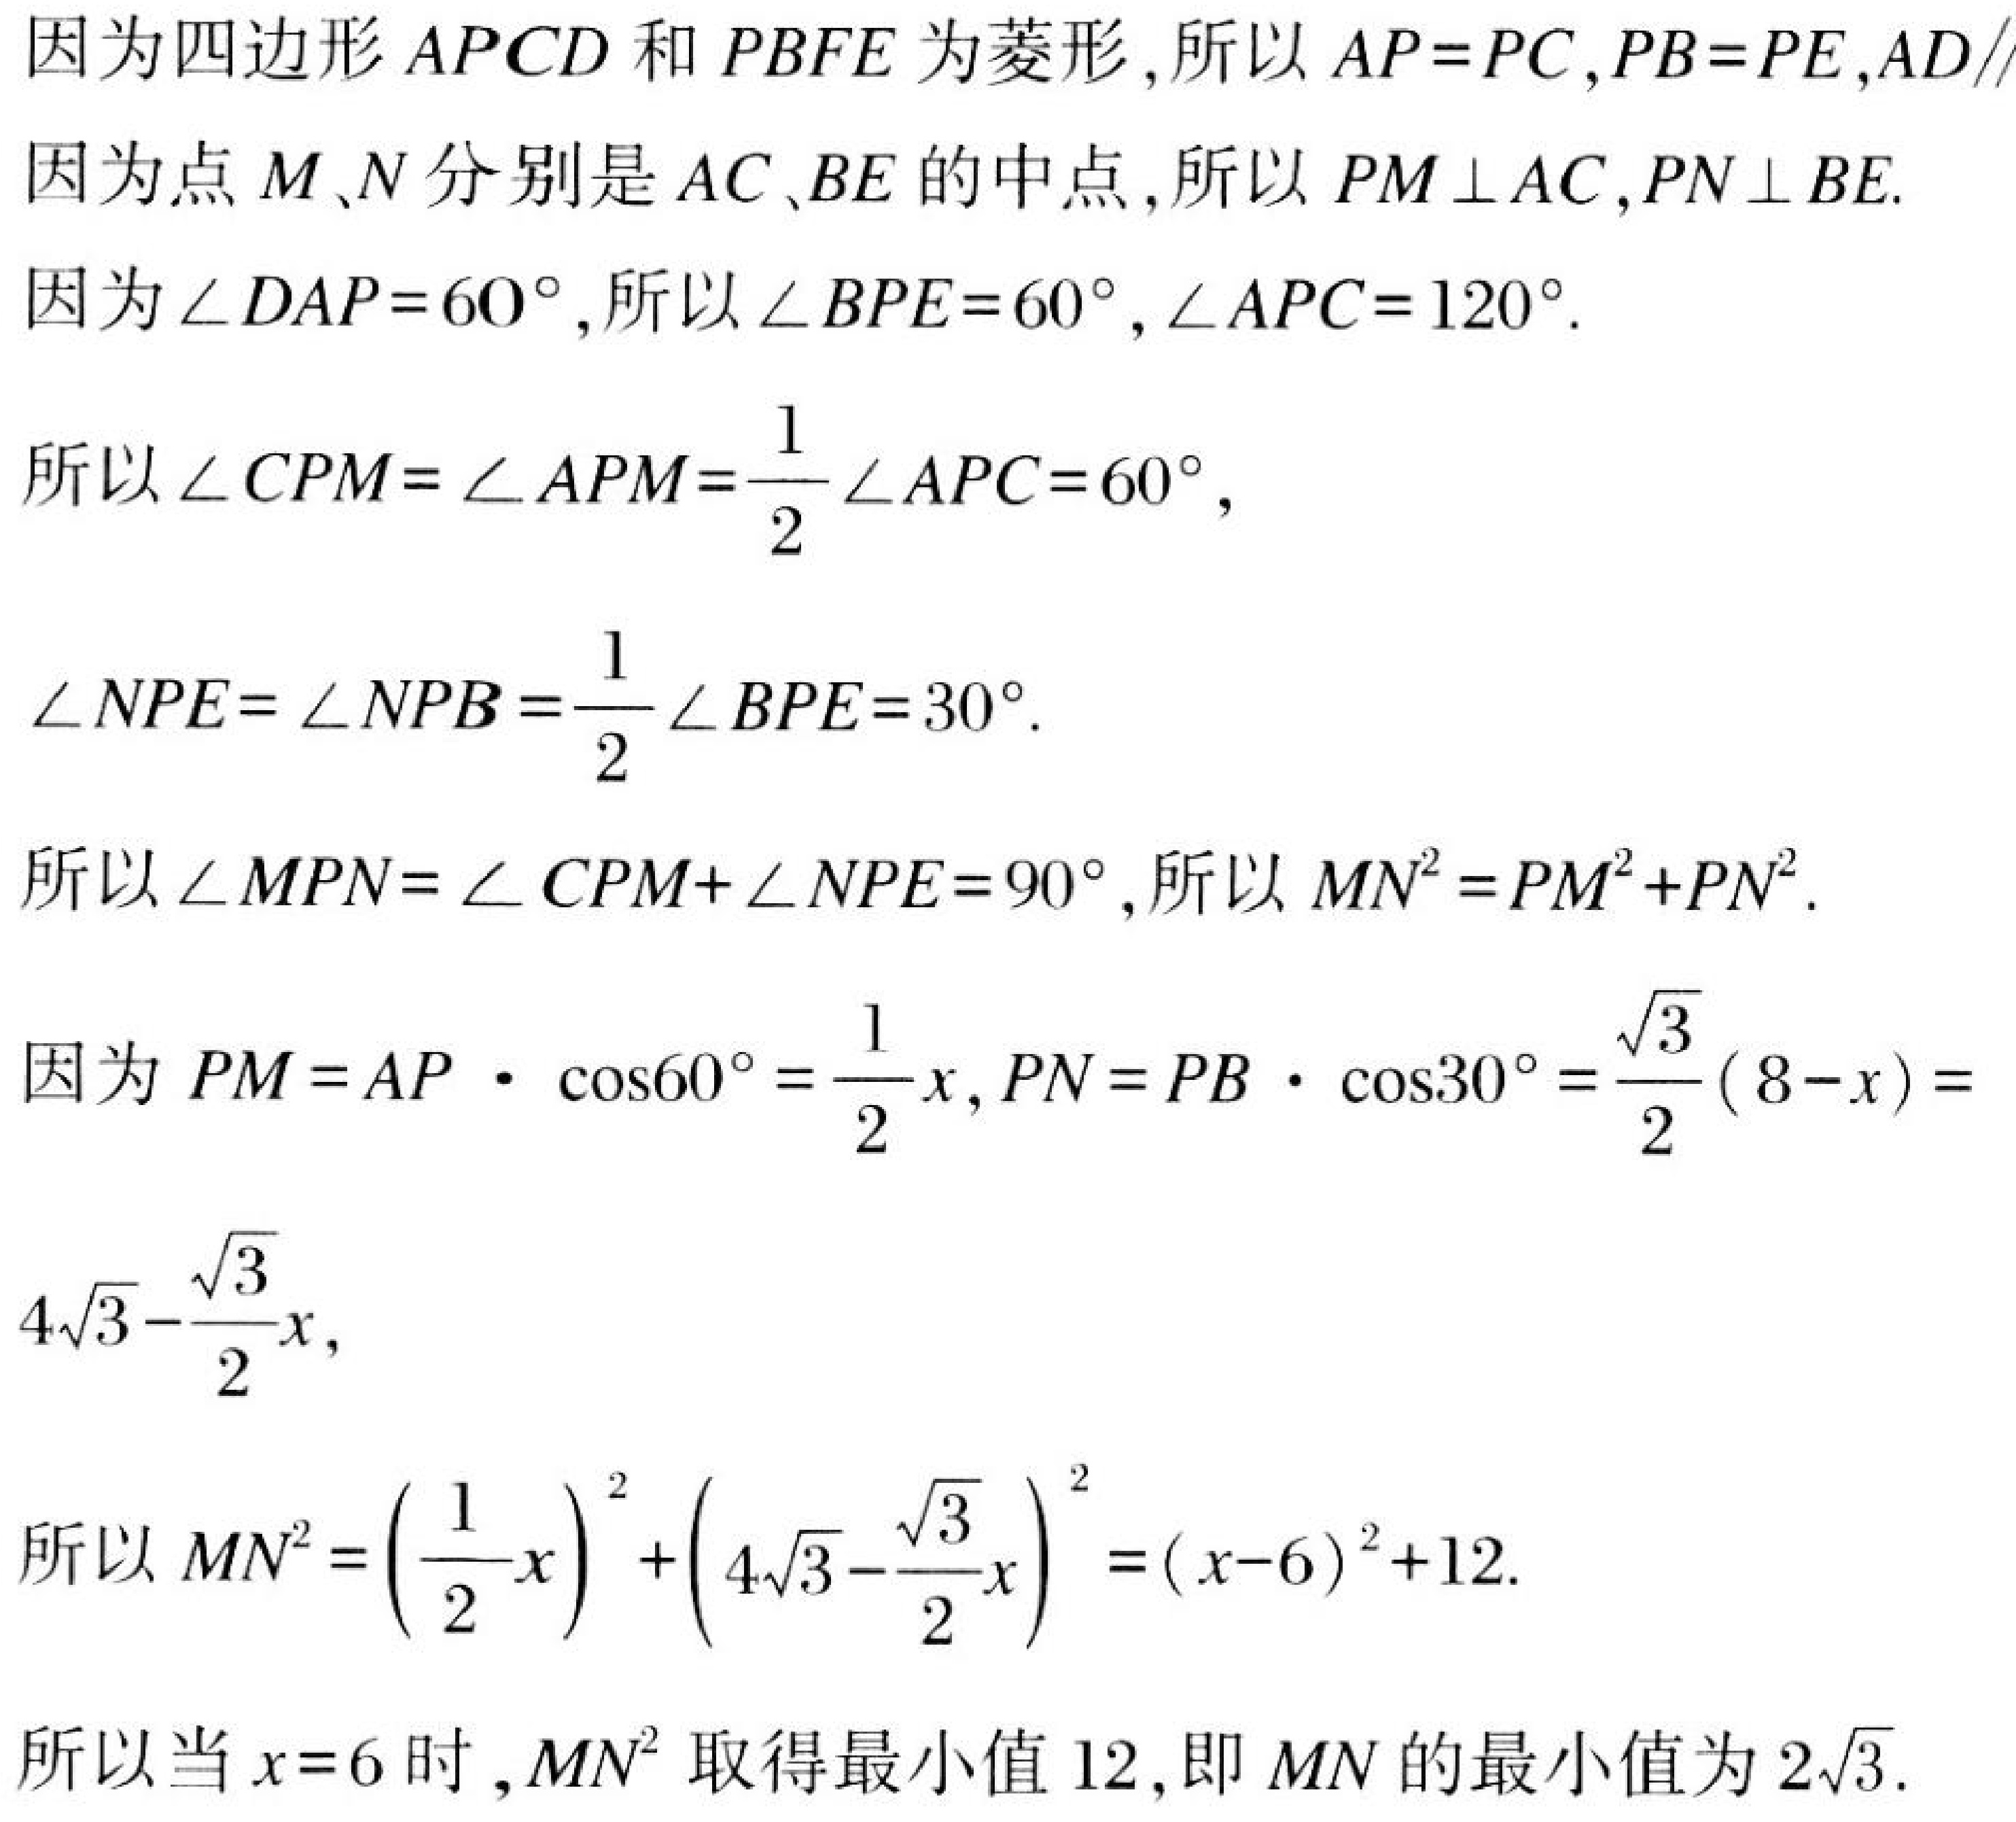
因为四边形$APCD$和$PBFE$为菱形,所以$AP = PC$,$PB = PE$,$AD\parallel$.
因为点$M$、$N$分别是$AC$、$BE$的中点,所以$PM\perp AC$,$PN\perp BE$.
因为$\angle DAP = 60^{\circ}$,所以$\angle BPE = 60^{\circ}$,$\angle APC = 120^{\circ}$.
所以$\angle CPM=\angle APM=\frac{1}{2}\angle APC = 60^{\circ}$,
$\angle NPE=\angle NPB=\frac{1}{2}\angle BPE = 30^{\circ}$.
所以$\angle MPN=\angle CPM+\angle NPE = 90^{\circ}$,所以$MN^{2}=PM^{2}+PN^{2}$.
因为$PM = AP\cdot\cos60^{\circ}=\frac{1}{2}x$,$PN = PB\cdot\cos30^{\circ}=\frac{\sqrt{3}}{2}(8 - x)=4\sqrt{3}-\frac{\sqrt{3}}{2}x$,
所以$MN^{2}=\left(\frac{1}{2}x\right)^{2}+\left(4\sqrt{3}-\frac{\sqrt{3}}{2}x\right)^{2}=(x - 6)^{2}+12$.
所以当$x = 6$时,$MN^{2}$取得最小值$12$,即$MN$的最小值为$2\sqrt{3}$.